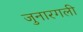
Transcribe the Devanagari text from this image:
जुनारगली